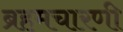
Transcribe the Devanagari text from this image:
ब्रहमचारणी